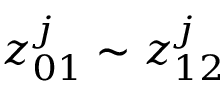
z _ { 0 1 } ^ { j } \sim z _ { 1 2 } ^ { j }